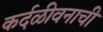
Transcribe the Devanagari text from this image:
कर्दळीवनाची